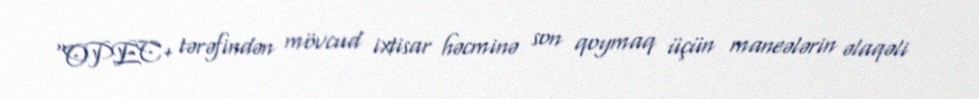
“OPEC+ tərəfindən mövcud ixtisar həcminə son qoymaq üçün maneələrin əlaqəli